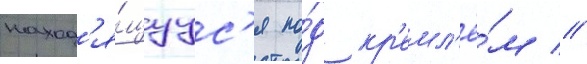
наход'я́щуус'я по́д кр'емл'ё́м //